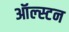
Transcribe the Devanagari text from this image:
ऑल्स्टन